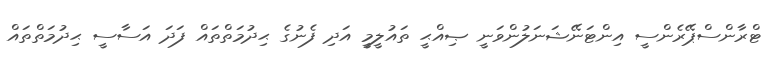
ޓްރާންސްޕޭރެންސީ އިންޓަނޭޝަނަލުންވަނީ ޞިއްޙީ ތައުލީމީ އަދި ފެނުގެ ޙިދުމަތްތައް ފަދަ އަސާސީ ޙިދުމަތްތައް